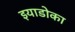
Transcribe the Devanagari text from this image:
इयाडोका